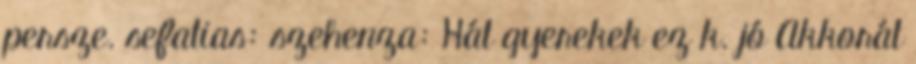
persze. sefatias: szehenza: Hát gyerekek ez k. jó Akkorát